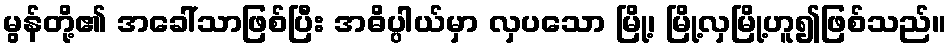
မွန်တို့၏ အခေါ်သာဖြစ်ပြီး အဓိပ္ပါယ်မှာ လှပသော မြို့၊ မြို့လှမြို့ဟူ၍ဖြစ်သည်။